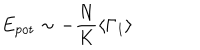
E _ { \mathrm { p o t } } \sim - \frac { N } { K } \left< \Gamma _ { 1 } \right>